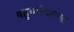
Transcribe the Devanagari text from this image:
बहुगर्भधारणा